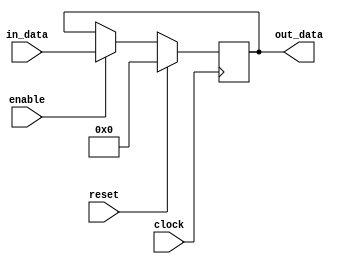
module Register (
    clock, reset,
    enable,
    in_data, out_data
  );

  // ### Parameters
  parameter
    WIDTH =         32,
    INITIAL_VALUE = {WIDTH{1'b0}},
    RESET_VALUE =   {WIDTH{1'b0}};

  // ### I/O ports
  input               clock;
  input               reset;

  input               enable;
  input   [WIDTH-1:0] in_data;
  output  [WIDTH-1:0] out_data;

  // ### Internal wires
  (* EXTRACT_ENABLE = "yes", EXTRACT_RESET = "yes" *)
  reg     [WIDTH-1:0] register_value;

  // ### Combinational logic
  assign out_data = register_value;

  // ### Initial values
  initial begin
    register_value = INITIAL_VALUE;
    // WARNING:
    // DO NOT USE 'output reg Out = Initial';
    // Vivado 2013.4+ silently ignores this syntax for synthesis.
  end

  // ### Synchronous logic
  always @ (posedge clock) begin
    if (reset)        register_value <= RESET_VALUE;
    else if (enable)  register_value <=  in_data;
  end

endmodule